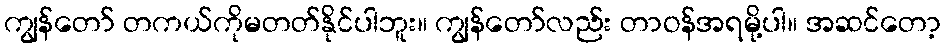
ကျွန်တော် တကယ်ကိုမတတ်နိုင်ပါဘူး။ ကျွန်တော်လည်း တာဝန်အရမို့ပါ။ အဆင်တော့